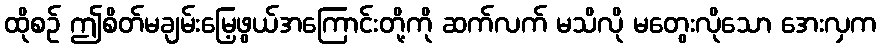
ထိုစဉ် ဤစိတ်မချမ်းမြေ့ဖွယ်အကြောင်းတို့ကို ဆက်လက် မသိလို မတွေးလိုသော အေးလှက